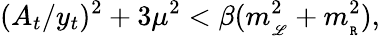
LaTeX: (A_{t}/y_{t})^{2}+3\mu^{2}<\beta(m_{\tt_{\mathscr{L}}}^{2}+m_{\tt_{R}}^{2}),